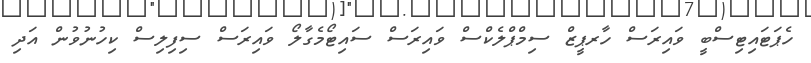
ހެޕަޓައިޓިސްބީ ވައިރަސް ހާރޕީޒް ސިމްޕްލެކްސް ވައިރަސް ސައިޓޯމެގާލޯ ވައިރަސް ސިފިލިސް ކިހުނުވުން އަދި